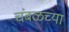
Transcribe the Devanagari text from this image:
चंबळच्या